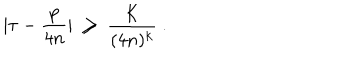
LaTeX: | \tau - \frac { p } { 4 n } | \ \ge \ \frac K { ( 4 n ) ^ { k } } \ .